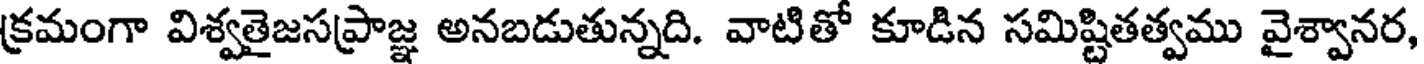
క్రమంగా విశ్వతైజసప్రాజ్ఞ అనబడుతున్నది. వాటితో కూడిన సమిష్టితత్వము వైశ్వానర,